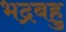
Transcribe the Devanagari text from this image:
भद्रबहु